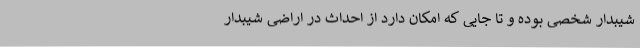
شیبدار شخصی بوده و تا جایی که امکان دارد از احداث در اراضی شیبدار